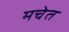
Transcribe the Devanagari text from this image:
मचेत